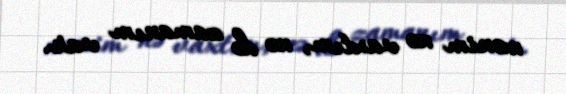
mənim nə vaxtım, nə də zamanım var.